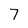
Character: 7